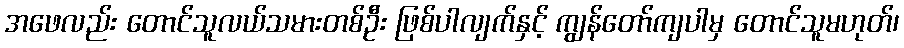
အဖေလည်း တောင်သူလယ်သမားတစ်ဦး ဖြစ်ပါလျက်နှင့် ကျွန်တော်ကျပါမှ တောင်သူမဟုတ်၊